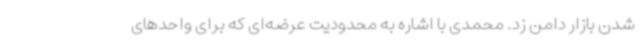
شدن بازار دامن زد. محمدی با اشاره به محدودیت عرضه‌ای که برای واحدهای